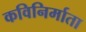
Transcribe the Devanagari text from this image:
कविनिर्माता